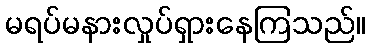
မရပ်မနားလှုပ်ရှားနေကြသည်။